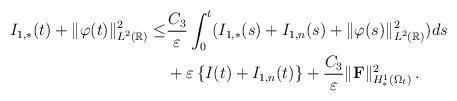
LaTeX: \begin{align*}I_{1,\ast}(t)+\Vert\varphi(t)\Vert^2_{L^2(\mathbb R)}\le &\frac{C_3}{\varepsilon}\int_0^t(I_{1,\ast}(s)+I_{1,n}(s)+\Vert\varphi(s)\Vert^2_{L^2(\mathbb R)})ds\\&+\varepsilon\left\{I(t)+I_{1,n}(t)\right\}+\frac{C_3}{\varepsilon}\Vert{\mathbf F}\Vert^2_{H^1_\ast(\Omega_t)}\,.\end{align*}